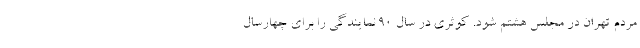
مردم تهران در مجلس هشتم شود. کوثری در سال ۹۰ نمایندگی را برای چهارسال